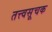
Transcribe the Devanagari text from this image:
तत्त्वसूचक